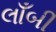
લાઁબી